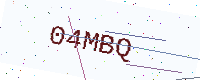
Text: 04MBQ